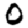
Digit: 0